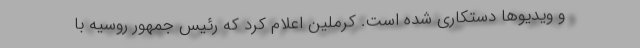
و ویدیوها دستکاری شده است. کرملین اعلام کرد که رئیس جمهور روسیه با